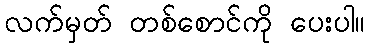
လက်မှတ် တစ်စောင်ကို ပေးပါ။